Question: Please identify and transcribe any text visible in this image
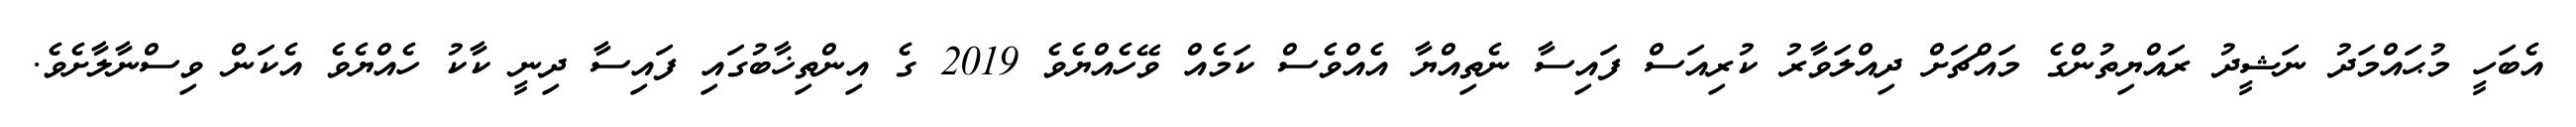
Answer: އެބަހީ މުޙައްމަދު ނަޝީދު ރައްޔިތުންގެ މައްޗަށް ދިއްލަވާރު ކުރިއަސް ފައިސާ ނެތިއްޔާ އެއްވެސް ކަމެއް ވޭހެއްޔެވެ 2019 ގެ އިންތިޚާބުގައި ފައިސާ ދިނީ ކާކު ހެއްޔެވެ އެކަން ވިސްނާލާށެވެ.